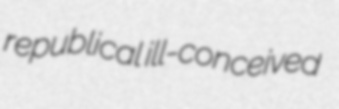
republical ill-conceived